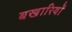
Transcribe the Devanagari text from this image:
बखारियों